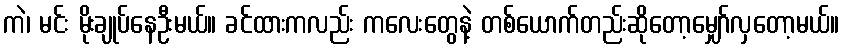
ကဲ၊ မင်း မိုးချုပ်နေဦးမယ်။ ခင်ထားကလည်း ကလေးတွေနဲ့ တစ်ယောက်တည်းဆိုတော့မျှော်လှတော့မယ်။